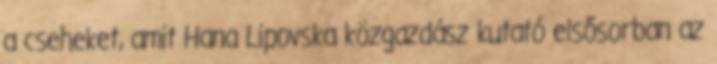
a cseheket, amit Hana Lipovska közgazdász kutató elsősorban az